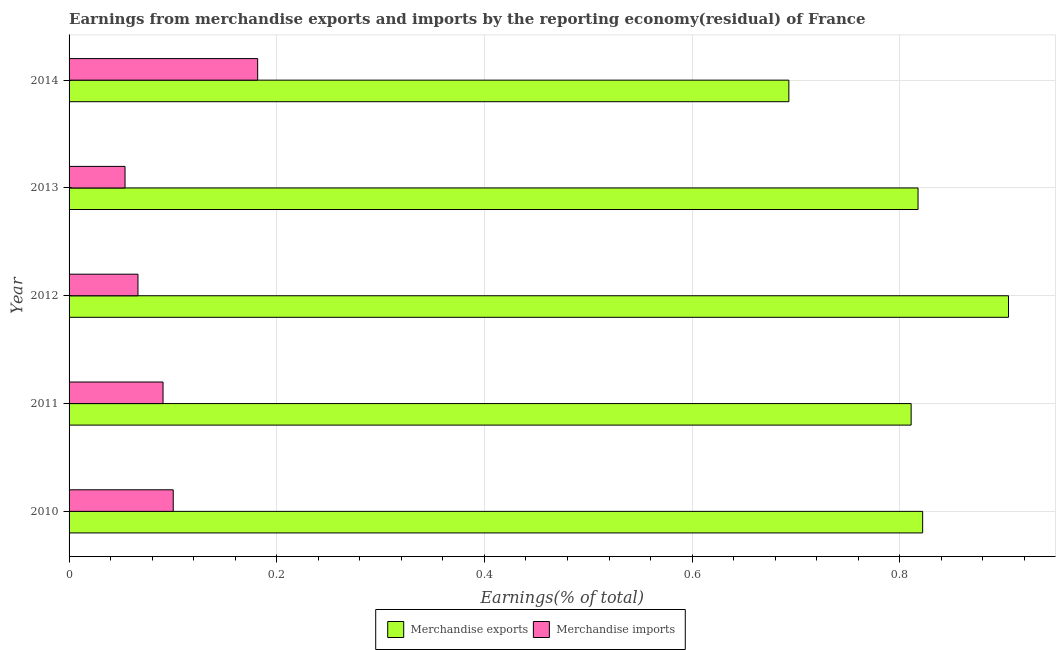
| Year | Merchandise exports | Merchandise imports |
 | --- | --- | --- |
 | 2010 | 0.822 | 0.1 |
 | 2011 | 0.811 | 0.0905 |
 | 2012 | 0.905 | 0.0664 |
 | 2013 | 0.818 | 0.0539 |
 | 2014 | 0.693 | 0.182 |